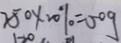
2 5 0 \times 2 0 \% = 5 0 g